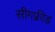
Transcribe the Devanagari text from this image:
सीगफ्रीड